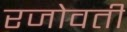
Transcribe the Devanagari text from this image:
रजोवती